Vaccination in Bombay 1869-1873 - 1869-1873
Year: 1869
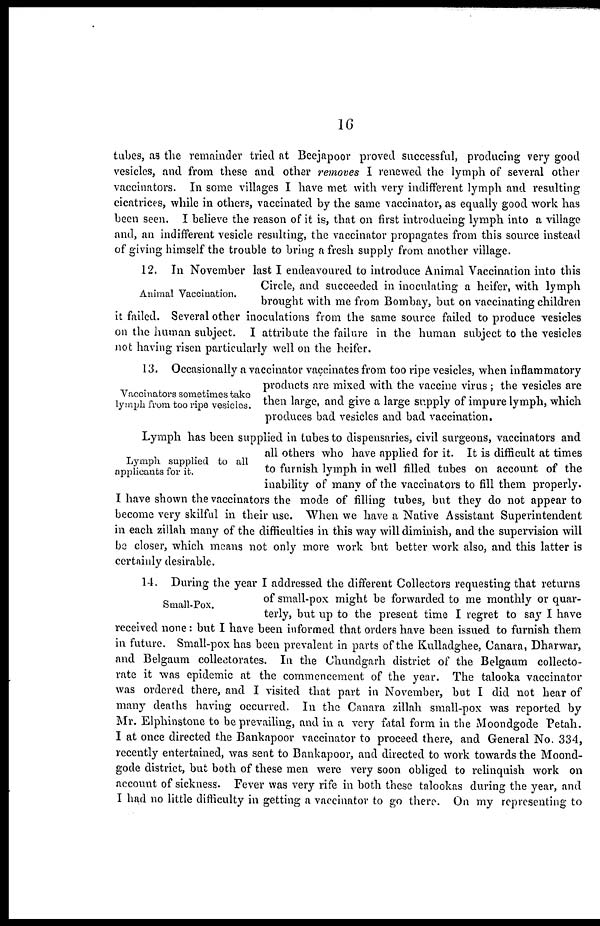
16
tubes, as the remainder tried at Beejapoor proved successful, producing very good
vesicles, and from these and other removes I renewed the lymph of several other
vaccinators. In some villages I have met with very indifferent lymph and resulting
cicatrices, while in others, vaccinated by the same vaccinator, as equally good work has
been seen. I believe the reason of it is, that on first introducing lymph into a village
and, an indifferent vesicle resulting, the vaccinator propagates from this source instead
of giving himself the trouble to bring a fresh supply from another village.
Animal Vaccination.
12. In November last I endeavoured to introduce Animal Vaccination into this
Circle, and succeeded in inoculating a heifer, with lymph
brought with me from Bombay, but on vaccinating children
it failed. Several other inoculations from the same source failed to produce vesicles
on the human subject. I attribute the failure in the human subject to the vesicles
not having risen particularly well on the heifer.
Vaccinators sometimes take
lymph from too ripe vesicles.
13. Occasionally a vaccinator vaccinates from too ripe vesicles, when inflammatory
products are mixed with the vaccine virus ; the vesicles are
then large, and give a large supply of impure lymph, which
produces bad vesicles and bad vaccination.
Lymph supplied to all
applicants for it.
Lymph has been supplied in tubes to dispensaries, civil surgeons, vaccinators and
all others who have applied for it. It is difficult at times
to furnish lymph in well filled tubes on account of the
inability of many of the vaccinators to fill them properly.
I have shown the vaccinators the mode of filling tubes, but they do not appear to
become very skilful in their use. When we have a Native Assistant Superintendent
in each zillah many of the difficulties in this way will diminish, and the supervision will
be closer, which means not only more work but better work also, and this latter is
certainly desirable.
Small-Pox.
14. During the year I addressed the different Collectors requesting that returns
of small-pox might be forwarded to me monthly or quar-
terly, but up to the present time I regret to say I have
received none: but I have been informed that orders have been issued to furnish them
in future. Small-pox has been prevalent in parts of the Kulladghee, Canara, Dharwar,
and Belgaum collectorates. In the Chundgarh district of the Belgaum collecto-
rate it was epidemic at the commencement of the year. The talooka vaccinator
was ordered there, and I visited that part in November, but I did not hear of
many deaths having occurred. In the Canara zillah small-pox was reported by
Mr. Elphinstone to be prevailing, and in a very fatal form in the Moondgode Petah.
I at once directed the Bankapoor vaccinator to proceed there, and General No. 334,
recently entertained, was sent to Bankapoor, and directed to work towards the Moond-
gode district, but both of these men were very soon obliged to relinquish work on
account of sickness. Fever was very rife in both these talookas during the year, and
I had no little difficulty in getting a vaccinator to go there. On my representing to